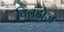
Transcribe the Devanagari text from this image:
विनडोज़